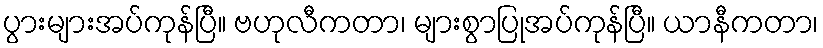
ပွားများအပ်ကုန်ပြီ။ ဗဟုလီကတာ၊ များစွာပြုအပ်ကုန်ပြီ။ ယာနီကတာ၊